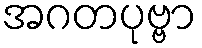
အဂတပုဗ္ဗာ